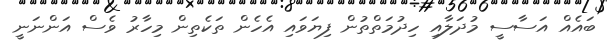
ބައެއް އަސާސީ މުދަލާއި ހިދުމަތްތުން ފިޔަވައި އެހެން ތަކެތިން މިހާރު ވެސް އަންނަނީ